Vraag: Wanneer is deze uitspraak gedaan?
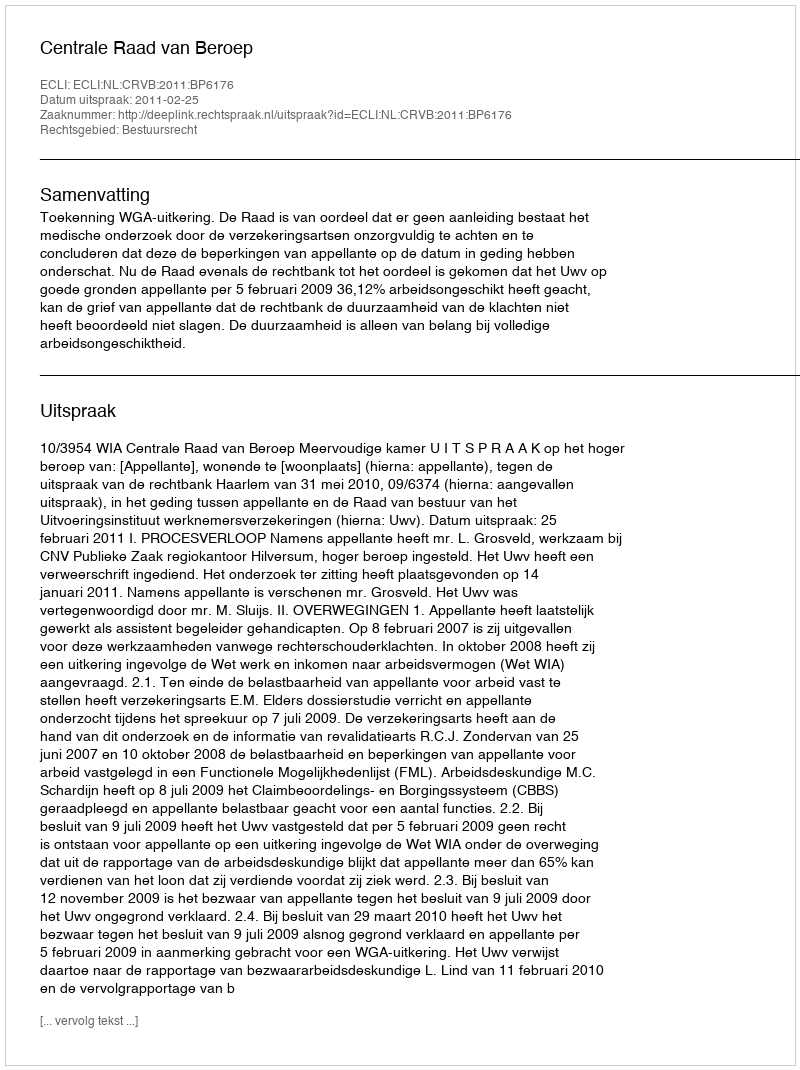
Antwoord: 2011-02-25